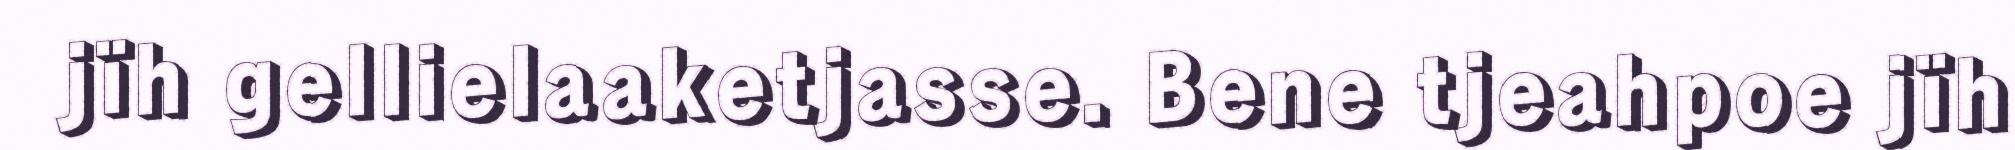
jïh gellielaaketjasse. Bene tjeahpoe jïh